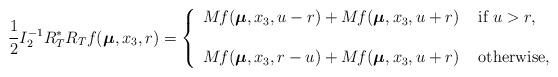
LaTeX: \begin{align*}\displaystyle \frac{1}{2} I^{-1}_2R^*_TR_Tf(\boldsymbol\mu,x_3, r)=\left\{\begin{array}{ll}M_{}f(\boldsymbol\mu,x_3,u-r)+M_{}f(\boldsymbol\mu,x_3,u+r)&\mbox{ if } u>r,\\\\ M_{}f(\boldsymbol\mu,x_3,r-u)+M_{}f(\boldsymbol\mu,x_3,u+r)&\mbox{ otherwise, }\end{array}\right.\end{align*}